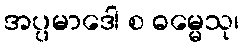
အပ္ပမာဒေါ စ ဓမ္မေသု၊